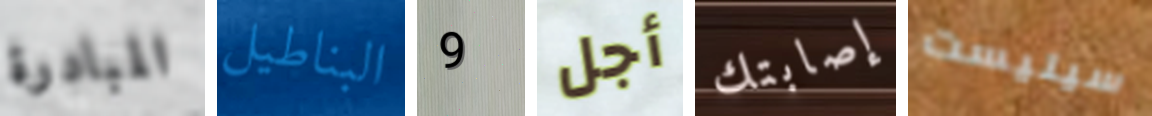
المبادرة البناطيل 9 أجل إصابتك سيليست